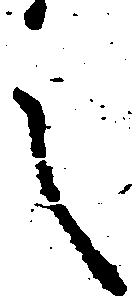
言